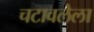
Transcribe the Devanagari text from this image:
चटावलेला